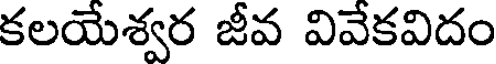
కలయేశ్వర జీవ వివేకవిదం